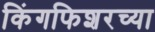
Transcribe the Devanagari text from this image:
किंगफिशरच्या